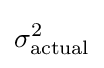
\sigma _{\text{actual}}^{2}